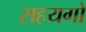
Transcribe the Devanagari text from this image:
सहयगो